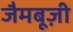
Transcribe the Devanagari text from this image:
जैमबूज़ी